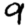
Digit: 9